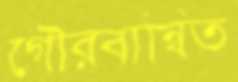
গৌরবান্বিত